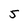
Character: 5